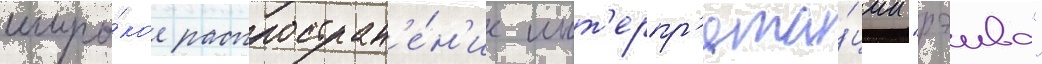
широ́кое распростран'е́н'ие инт'ерпр'ета́ции "рэива"